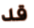
قد